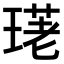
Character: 𤧳